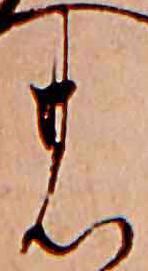
の